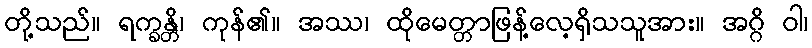
တို့သည်။ ရက္ခန္တိ၊ ကုန်၏။ အဿ၊ ထိုမေတ္တာဖြန့်လေ့ရှိသသူအား။ အဂ္ဂိ ဝါ၊